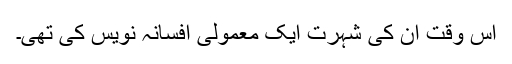
اس وقت ان کی شہرت ایک معمولی افسانہ نویس کی تھی۔